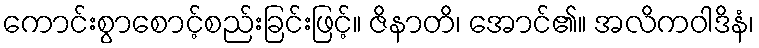
ကောင်းစွာစောင့်စည်းခြင်းဖြင့်။ ဇိနာတိ၊ အောင်၏။ အလိကဝါဒိနံ၊